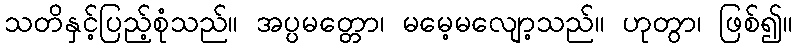
သတိနှင့်ပြည့်စုံသည်။ အပ္ပမတ္တော၊ မမေ့မလျော့သည်။ ဟုတွာ၊ ဖြစ်၍။